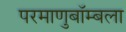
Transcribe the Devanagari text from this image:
परमाणुबॉम्बला